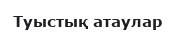
Туыстық атаулар